Problem: 6 × 2 = ?
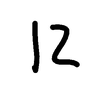
Handwritten answer: 12